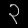
Digit: ၃